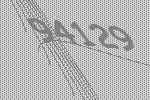
94129